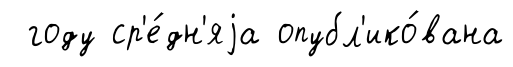
году ср'е́дн'яjа опубл'ико́вана